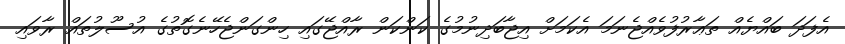
އެފަދަ ބައްޔެއް ތަޢާރުފުވެއްޖެނަމަ އެކަމަށް އިޖާބަދިނުމުގެ ކަންކަން ރާއްޖޭގައި ހިންގަންޖެހޭނެގޮތުގެ އުސޫލުތައް ރާވައި